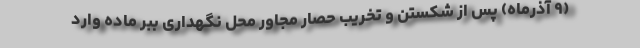
(٩ آذرماه) پس از شکستن و تخریب حصار مجاور محل نگهداری ببر ماده وارد